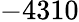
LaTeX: -4310